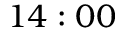
1 4 : 0 0